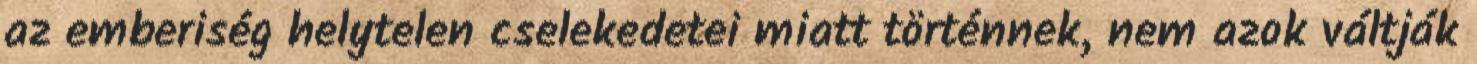
az emberiség helytelen cselekedetei miatt történnek, nem azok váltják